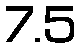
7.5